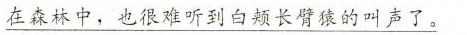
\underline{在森林中，也很难听到白颊长臂猿的叫声了。}